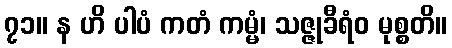
၇၁။ န ဟိ ပါပံ ကတံ ကမ္မံ၊ သဇ္ဇုခီရံဝ မုစ္စတိ။